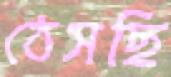
ঠেসছি